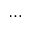
\ldots